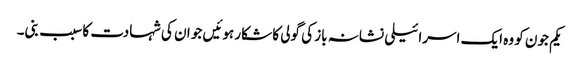
یکم جون کو وہ ایک اسرائیلی نشانہ باز کی گولی کا شکار ہوئیں جو ان کی شہادت کا سبب بنی۔